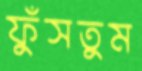
ফুঁসতুম